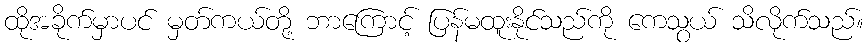
ထိုအခိုက်မှာပင် မှတ်ကယ်တို့ ဘာကြောင့် ပြန်မထူးနိုင်သည်ကို ကေသွယ် သိလိုက်သည်။